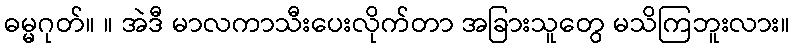
ဓမ္မဂုတ်။ ။ အဲဒီ မာလကာသီးပေးလိုက်တာ အခြားသူတွေ မသိကြဘူးလား။